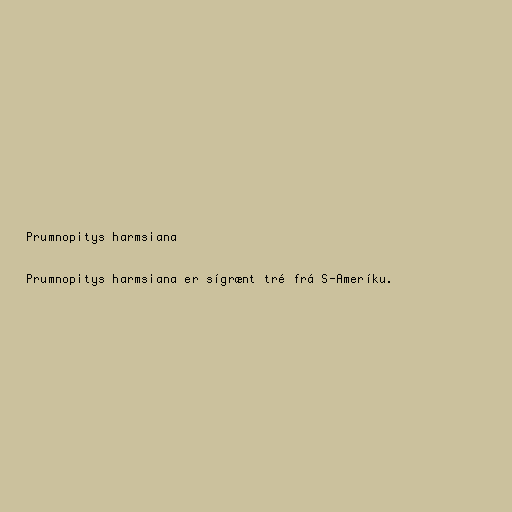
Prumnopitys harmsiana

Prumnopitys harmsiana er sígrænt tré frá S-Ameríku.